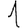
Digit: 1